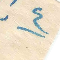
٤